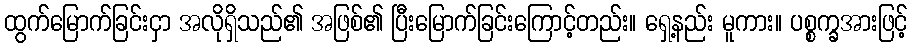
ထွက်မြောက်ခြင်းငှာ အလိုရှိသည်၏ အဖြစ်၏ ပြီးမြောက်ခြင်းကြောင့်တည်း။ ရှေ့နည်း မူကား။ ပစ္စက္ခအားဖြင့်